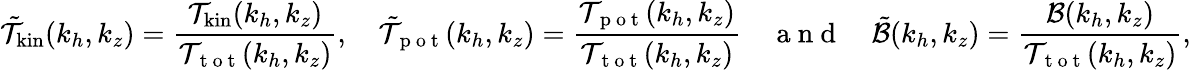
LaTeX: \tilde{\mathcal{T}}_{\mathrm{kin}}(k_{h},k_{z})=\frac{\mathcal{T}_{\mathrm{kin}}(k_{h},k_{z})}{\mathcal{T}_{\mathrm{~t~o~t~}}(k_{h},k_{z})},~~~~\tilde{\mathcal{T}}_{\mathrm{~p~o~t~}}(k_{h},k_{z})=\frac{\mathcal{T}_{\mathrm{~p~o~t~}}(k_{h},k_{z})}{\mathcal{T}_{\mathrm{~t~o~t~}}(k_{h},k_{z})}~~~~\mathrm{~a~n~d~}~~~~\tilde{\mathcal{B}}(k_{h},k_{z})=\frac{\mathcal{B}(k_{h},k_{z})}{\mathcal{T}_{\mathrm{~t~o~t~}}(k_{h},k_{z})},